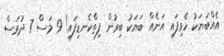
އެއްބަޔަކު ހެވިފައި އަނެއް ބަޔަކު ބިރުން ފިތްކެނޑިފައި! 9 މަސް 7 ދުވަސް